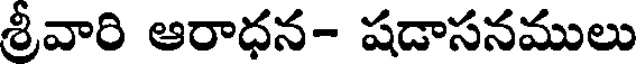
శ్రీవారి ఆరాధన- షడాసనములు